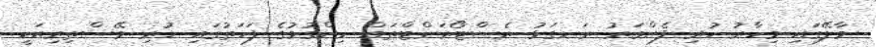
މާލޭގައި މިހާރު ހުރި ފެންވަރު ރަނގަޅު ރެސްޓޯރަންޓްތައް ހިންގުމުގެ ފަހަތުގައި ހުރި މޭސްތިރިއަކީ